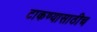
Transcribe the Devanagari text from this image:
टाकण्यासाठीच